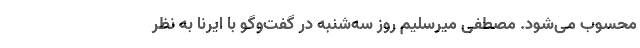
محسوب می‌شود. مصطفی میرسلیم روز سه‌شنبه در گفت‌وگو با ایرنا به نظر